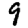
Digit: 9